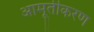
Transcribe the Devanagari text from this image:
आमूर्तीकरण